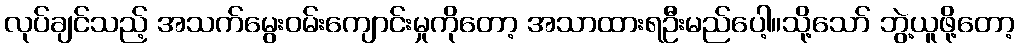
လုပ်ချင်သည့် အသက်မွေးဝမ်းကျောင်းမှုကိုတော့ အသာထားရဦးမည်ပေါ့။သို့သော် ဘွဲ့ယူဖို့တော့